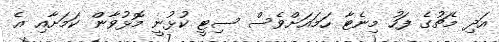
އަދި މެޗުގެ ފަހު މިނެޓާ ހަމައަށްވެސް ސިޓީ ކުޅުނީ މޮޅުވާން ކަމަށާއި އެ